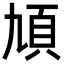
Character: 頄